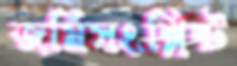
জমিসংশ্লিষ্ট